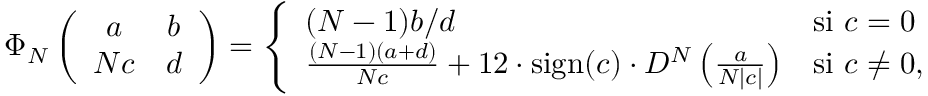
\Phi _ { N } \left( \begin{array} { c c } { a } & { b } \\ { N c } & { d } \end{array} \right) = \left\{ \begin{array} { l l } { ( N - 1 ) b / d } & { \mathrm { s i ~ } c = 0 } \\ { \frac { ( N - 1 ) ( a + d ) } { N c } + 1 2 \cdot \mathrm { s i g n } ( c ) \cdot D ^ { N } \left( \frac { a } { N | c | } \right) } & { \mathrm { s i ~ } c \neq 0 , } \end{array} \right.